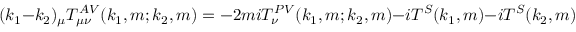
( k _ { 1 } - k _ { 2 } ) _ { \mu } T _ { \mu \nu } ^ { A V } ( k _ { 1 } , m ; k _ { 2 } , m ) = - 2 m i T _ { \nu } ^ { P V } ( k _ { 1 } , m ; k _ { 2 } , m ) - i T ^ { S } ( k _ { 1 } , m ) - i T ^ { S } ( k _ { 2 } , m )